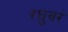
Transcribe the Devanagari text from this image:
रघुवरं